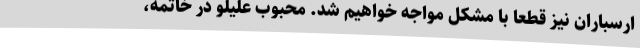
ارسباران نیز قطعاً با مشکل مواجه خواهیم شد. محبوب علیلو در خاتمه،